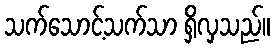
သက်သောင့်သက်သာ ရှိလှသည်။